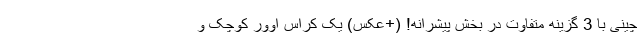
چینی با 3 گزینه متفاوت در بخش پیشرانه! (+عکس) یک کراس اوور کوچک و